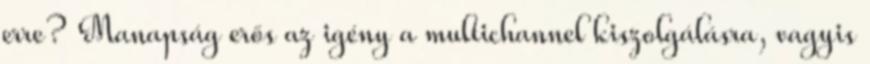
erre? Manapság erős az igény a multichannel kiszolgálásra, vagyis